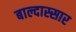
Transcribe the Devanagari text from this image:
बाल्दास्सार